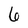
Character: 6